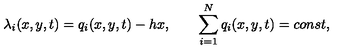
\lambda _ { i } ( x , y , t ) = q _ { i } ( x , y , t ) - h x , \qquad \sum _ { i = 1 } ^ { N } q _ { i } ( x , y , t ) = c o n s t ,